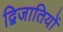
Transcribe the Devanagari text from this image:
द्विजातियों